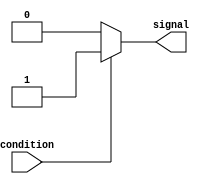
module assign_statement(
    input wire condition,
    output reg signal
);

    // Assign a specific value to the signal based on the condition
    always @(*) begin
        if(condition) begin
            signal <= 1; // Assign the value 1 to the signal if condition is true
        end else begin
            signal <= 0; // Assign the value 0 to the signal if condition is false
        end
    end

endmodule